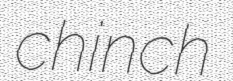
chinch